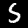
Digit: 5